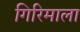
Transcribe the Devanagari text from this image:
गिरिमाला